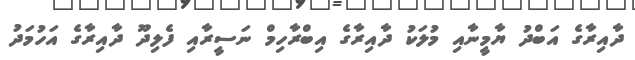
ދާއިރާގެ އަބްދު ޔާމީނާއި މުލަކު ދާއިރާގެ އިބްރާހިމް ނަސީރާއި ފެލިދޫ ދާއިރާގެ އަހުމަދު